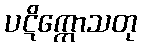
ပဋိက္ကောသတု